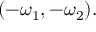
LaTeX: ( - \omega _ { 1 } , - \omega _ { 2 } ) .